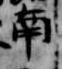
南